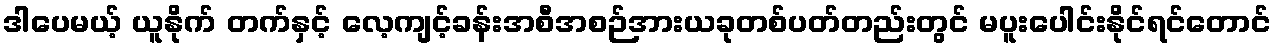
ဒါပေမယ့် ယူနိုက် တက်နှင့် လေ့ကျင့်ခန်းအစီအစဉ်အားယခုတစ်ပတ်တည်းတွင် မပူးပေါင်းနိုင်ရင်တောင်